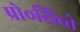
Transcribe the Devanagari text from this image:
प्रो॰सिब्ते